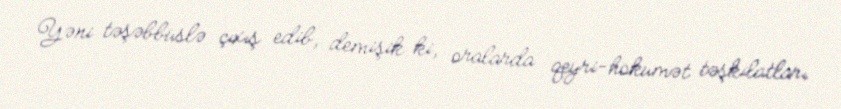
Yəni təşəbbüslə çıxış edib, demişik ki, oralarda qeyri-hökumət təşkilatları